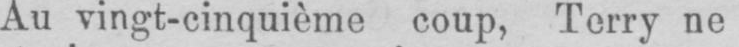
Au vingt-cinquième coup, Terry ne